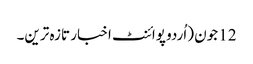
12 جون (اُردو پوائنٹ اخبار تازہ ترین۔